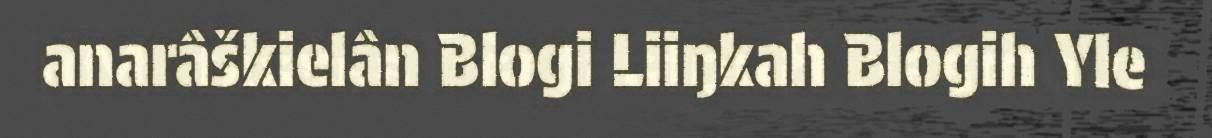
anarâškielân Blogi Liiŋkah Blogih Yle